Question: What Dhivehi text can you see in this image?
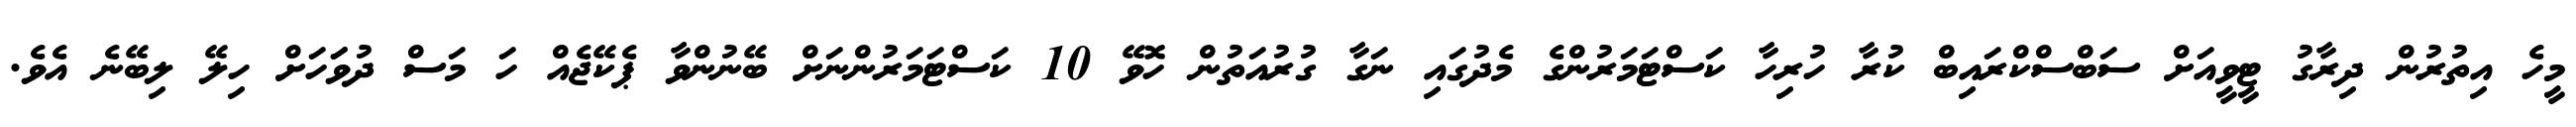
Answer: މީހެ އިތުރުން ދިރާގު ޓީވީއަށް ސަބްސްކްރައިބް ކުރާ ހުރިހާ ކަސްޓަމަރުންގެ މެދުގައި ނަގާ ގުރުއަތުން ހޮވޭ 10 ކަސްޓަމަރުންނަށް ބޭނުންވާ ޕެކޭޖެއް ހަ މަސް ދުވަަހަށް ހިލޭ ލިބޭނެ އެވެ.